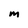
Character: M